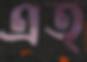
এত্